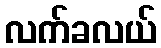
လက်ခလယ်